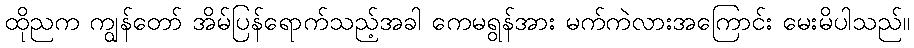
ထိုညက ကျွန်တော် အိမ်ပြန်ရောက်သည့်အခါ ကေမရွန်အား မက်ကဲလားအကြောင်း မေးမိပါသည်။